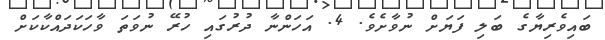
ބައިވެރިޔާގެ ބަލި ފަޔަށް ނުވާށެވެ. 4. އަހަންނާ ދުރުގައި ހުރޭ ނުވަތަ ވާހަކަދައްކާކަށް